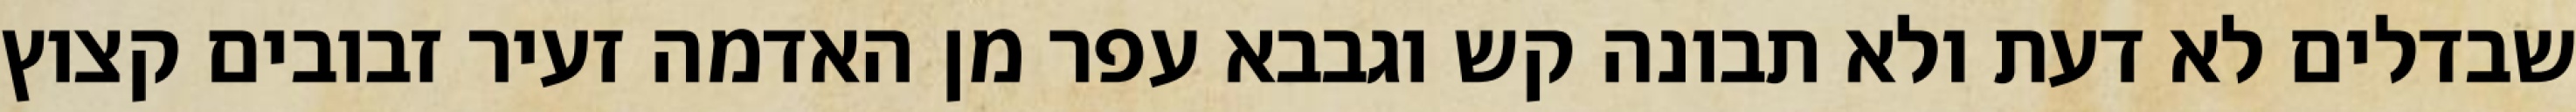
שבדלים לא דעת ולא תבונה קש וגבבא עפר מן האדמה זעיר זבובים קצוץ